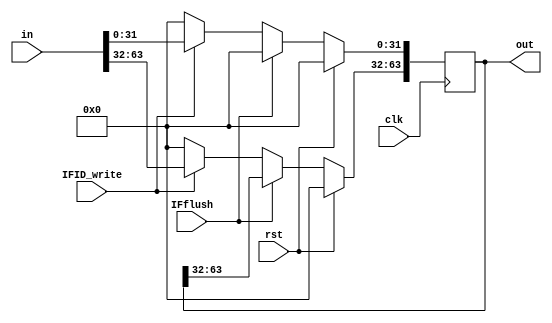
module IFID_reg(clk, rst, in, out, IFID_write, IFflush);
	input clk, rst, IFID_write, IFflush;
	input  [63:0] in;
	output [63:0] out;
	
	reg [63:0] r;
	
	always @(posedge clk) begin
		if (rst)
			r <= 0;
		// Flush
		else if (IFflush)
			r[31:0] <= 0;
		// Stall
		else if (!IFID_write)
			r <= 0;
		else
			r <= in;
	end
	
	assign out = r;
	
endmodule